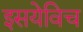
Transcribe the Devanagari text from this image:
इसयेविच